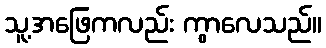
သူ့အဖြေကလည်း ကွာလေသည်။